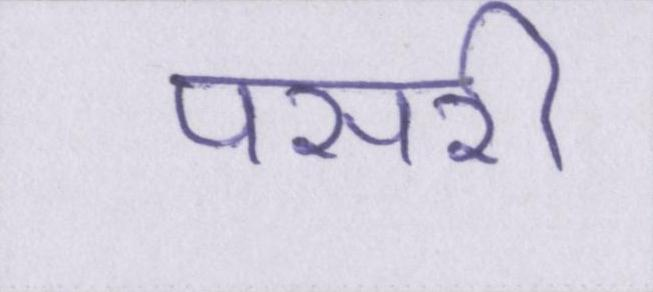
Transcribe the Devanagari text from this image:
पसरी